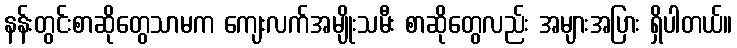
နန်းတွင်းစာဆိုတွေသာမက ကျေးလက်အမျိုးသမီး စာဆိုတွေလည်း အများအပြား ရှိပါတယ်။